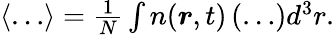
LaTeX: \begin{array}{r}{\langle\ldots\rangle=\frac{1}{N}\int n(\boldsymbol{r},t)\left(\ldots\right)d^{3}r.}\end{array}